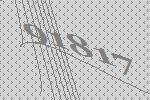
91817